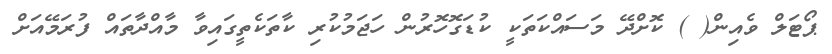
ޕޯޓަލް ވެއިން( ) ކޮށްދޭ މަސައްކަތަކީ ކުޑަގޮހޮރުން ހަޖަމުކުރި ކާތަކެތީގައިވާ މާއްދާތައް ފުރަމޭއަށް